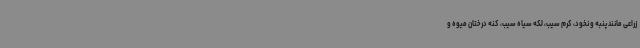
زراعی مانند پنبه و نخود، کرم سیب، لکه سیاه سیب، کنه درختان میوه و